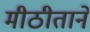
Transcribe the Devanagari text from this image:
मीठीतानें